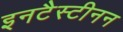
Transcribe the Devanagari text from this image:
इनटैस्टीनन